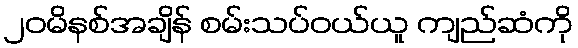
၂၀မိနစ်အချိန် စမ်းသပ်ဝယ်ယူ ကျည်ဆံကို